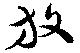
放